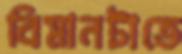
বিমানটাতে